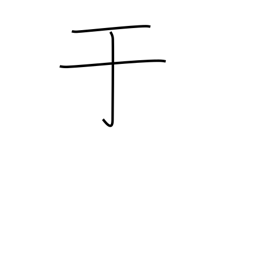
Meaning: from